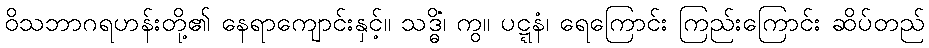
ဝိသဘာဂရဟန်းတို့၏ နေရာကျောင်းနှင့်။ သဒ္ဓိံ၊ ကွ။ ပဋ္ဋနံ၊ ရေကြောင်း ကြည်းကြောင်း ဆိပ်တည်